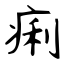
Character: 痢